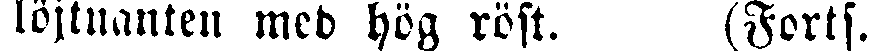
löjtnanten med hög röst. (Forts.